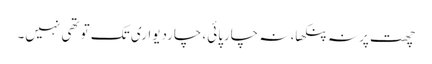
چھت پر نہ پنکھا، نہ چارپائی، چاردیواری تک تو تھی نہیں۔